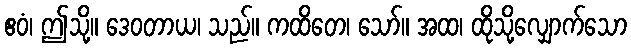
ဧဝံ၊ ဤသို့။ ဒေဝတာယ၊ သည်။ ကထိတေ၊ သော်။ အထ၊ ထိုသို့လျှောက်သော